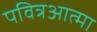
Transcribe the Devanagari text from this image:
पवित्रआत्मा